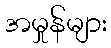
အမှုန်များ